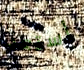
أستعد